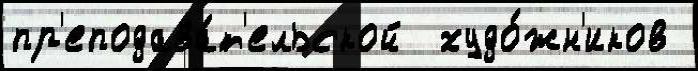
пр'еподава́т'ельской  худо́жн'иков